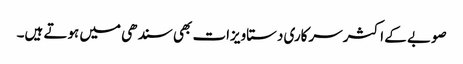
صوبے کے اکثر سرکاری دستاویزات بھی سندھی میں ہوتے ہیں۔